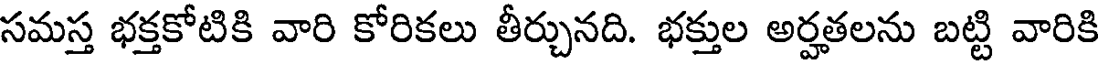
సమస్త భక్తకోటికి వారి కోరికలు తీర్చునది. భక్తుల అర్హతలను బట్టి వారికి